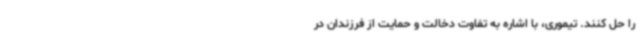
را حل کنند. تیموری، با اشاره به تفاوت دخالت و حمایت از فرزندان در